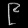
Digit: ၉